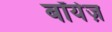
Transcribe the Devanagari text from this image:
बॉयेज़